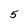
Character: 5